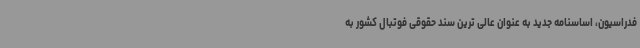
فدراسیون، اساسنامه جدید به عنوان عالی ترین سند حقوقی فوتبال کشور به